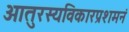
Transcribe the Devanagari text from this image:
आतुरस्यविकारप्रशमनं